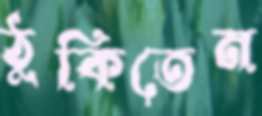
ঠুকিতেন